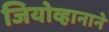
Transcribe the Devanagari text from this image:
जियोव्हानाने